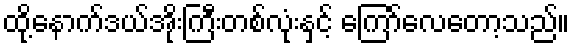
ထို့နောက်ဒယ်အိုးကြီးတစ်လုံးနှင့် ကြော်လေတော့သည်။